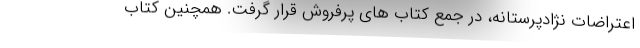
اعتراضات نژادپرستانه، در جمع کتاب های پرفروش قرار گرفت. همچنین کتاب